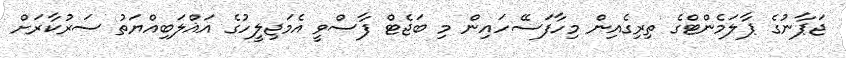
ޖަޕާނުގެ ޕާލަމެންޓްގެ ތިރިގެއިން މިހާފަސޭހައިން މި ބަޖެޓް ފާސްވީ އެމަޖިލީހުގެ އަޣްލަބިއްޔަތު ސަރުކާރަށް